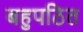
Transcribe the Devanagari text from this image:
बहुपठित